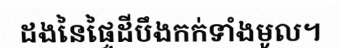
ដងនៃផ្ទៃដីបឹងកក់ទាំងមូល។